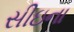
સીઇના